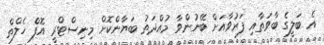
އެ ބަލީގެ ބާވަތާއި ފަރުވާއަށް ބޭނުންވާ މުއްދަތު ބަޔާންކޮށް މިނިސްޓްރީ އޮފް ހެލްތް